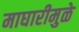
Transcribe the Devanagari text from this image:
माघारीमुळे